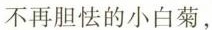
不再胆怯的小白菊，